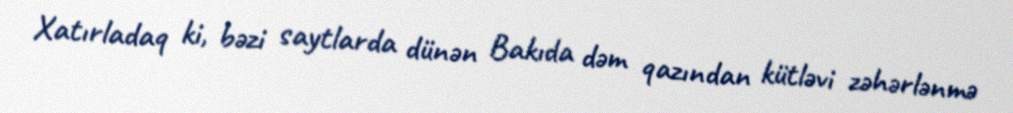
Xatırladaq ki, bəzi saytlarda dünən Bakıda dəm qazından kütləvi zəhərlənmə